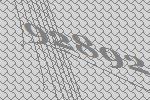
92892